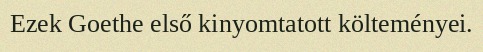
Ezek Goethe első kinyomtatott költeményei.